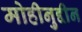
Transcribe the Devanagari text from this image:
मोहीनुद्दीन